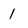
Character: I